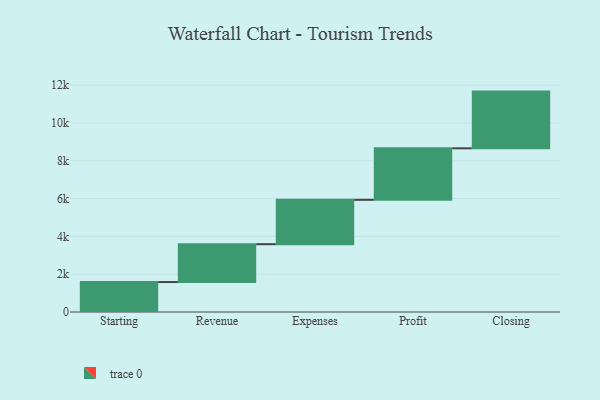
{"axis": {"x": "Step", "y": "Value"}, "legend": [""], "data": [{"x": "Starting", "y": 1585.0, "type": ""}, {"x": "Revenue", "y": 2002.0, "type": ""}, {"x": "Expenses", "y": 2348.0, "type": ""}, {"x": "Profit", "y": 2725.0, "type": ""}, {"x": "Closing", "y": 3000, "type": ""}]}